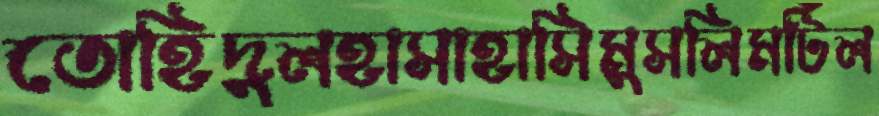
তোহিদুলহাসাহাসিমুসলিমটিল